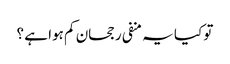
تو کیا یہ منفی رجحان کم ہوا ہے ؟